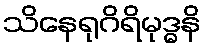
သိနေရုဂိရိမုဒ္ဓနိ